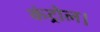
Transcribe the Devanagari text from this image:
कंट्रोल।